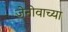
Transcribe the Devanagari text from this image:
जेनोवाच्या